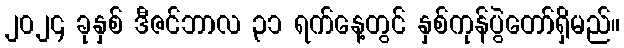
၂၀၂၄ ခုနှစ် ဒီဇင်ဘာလ ၃၁ ရက်နေ့တွင် နှစ်ကုန်ပွဲတော်ရှိမည်။